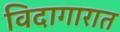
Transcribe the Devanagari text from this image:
विदागारात